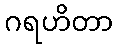
ဂရဟိတာ